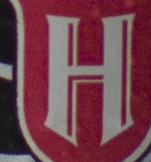
H